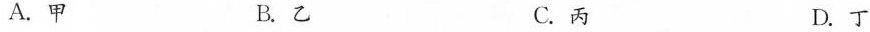
A. 甲 B. 乙 C. 丙 D. 丁